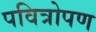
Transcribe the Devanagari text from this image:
पवित्रोपण